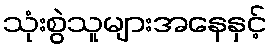
သုံးစွဲသူများအနေနှင့်